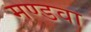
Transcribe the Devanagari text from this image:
मण्डवा